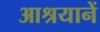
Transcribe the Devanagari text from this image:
आश्रयानें